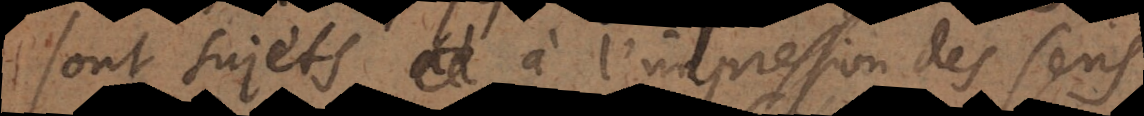
sont sujets à l’impression des sens,